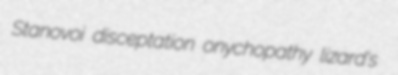
Stanovoi disceptation onychopathy lizard's